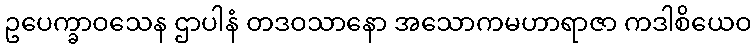
ဥပေက္ခာဝသေန ဌာပါနံ တဒဝသာနော အသောကမဟာရာဇာ ကဒါစိယေဝ